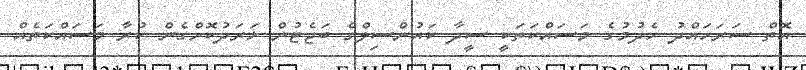
އޮތް ސަރަހައްދު ހެދުމުގެ މަސައްކަތަކީ ސީދާ ކައުންސިލްގެ ބަޖެޓުން ޚަރަދުކޮށްގެން ކުރާ މަސައްކަތެއް